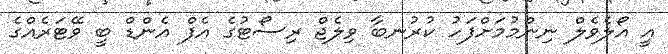
އީ އޯލެވެލް ނިންމުމަށްފަހު ކުރުނބާ ވިލެޖް ރިސޯޓުގެ އެފް އެންޑް ބީ ވޭޓަރެއްގެ